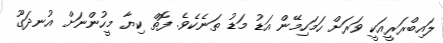
ލައިބްރަރީއަކީ ވަރަށް ހަމަހިމޭން އަޑު މަޑު ތަނެކެވެ. ފޮތް ކިޔާ މީހުންނަށް އުނދަގޫ